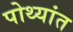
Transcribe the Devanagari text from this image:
पोथ्यांत